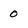
Character: 0